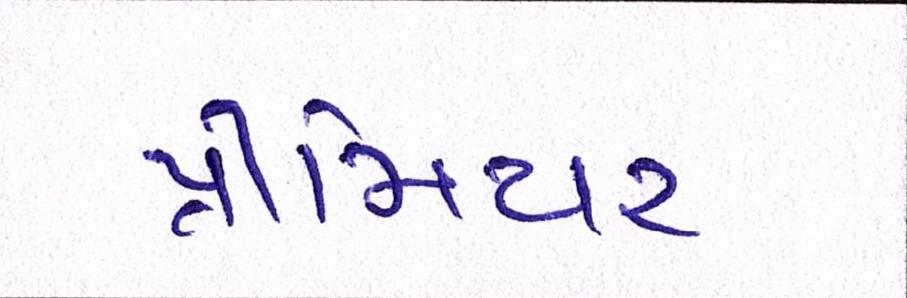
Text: પ્રીમિયર